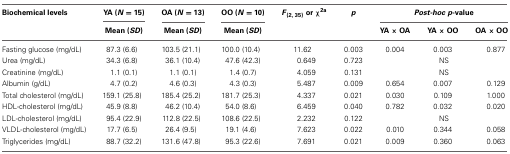
| Biochemical levels | YA (N = 15) | OA (N = 13) | OO (N = 10) | F(2, 35) or χ2a | p | <COLSPAN=3> Post-hoc p-value |
 |  | Mean (SD) | Mean (SD) | Mean (SD) |  |  | YA × OA | YA × OO | OA × OO |
 | --- | --- | --- | --- | --- | --- | --- | --- | --- |
 | Fasting glucose (mg/dL) | 87.3 (6.6) | 103.5 (21.1) | 100.0 (10.4) | 11.62 | 0.003 | 0.004 | 0.003 | 0.877 |
 | Urea (mg/dL) | 34.3 (6.8) | 36.1 (10.4) | 47.6 (42.3) | 0.649 | 0.723 |  | NS |  |
 | Creatinine (mg/dL) | 1.1 (0.1) | 1.1 (0.1) | 1.4 (0.7) | 4.059 | 0.131 |  | NS |  |
 | Albumin (g/dL) | 4.7 (0.2) | 4.6 (0.3) | 4.3 (0.3) | 5.487 | 0.009 | 0.654 | 0.007 | 0.129 |
 | Total cholesterol (mg/dL) | 159.1 (25.8) | 185.4 (25.2) | 181.7 (25.3) | 4.337 | 0.021 | 0.030 | 0.109 | 1.000 |
 | HDL-cholesterol (mg/dL) | 45.9 (8.8) | 46.2 (10.4) | 54.0 (8.6) | 6.459 | 0.040 | 0.782 | 0.032 | 0.020 |
 | LDL-cholesterol (mg/dL) | 95.4 (22.9) | 112.8 (22.5) | 108.6 (22.5) | 2.232 | 0.122 |  | NS |  |
 | VLDL-cholesterol (mg/dL) | 17.7 (6.5) | 26.4 (9.5) | 19.1 (4.6) | 7.623 | 0.022 | 0.010 | 0.344 | 0.058 |
 | Triglycerides (mg/dL) | 88.7 (32.2) | 131.6 (47.8) | 95.3 (22.6) | 7.691 | 0.021 | 0.009 | 0.360 | 0.063 |